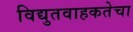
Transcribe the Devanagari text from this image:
विद्युतवाहकतेचा